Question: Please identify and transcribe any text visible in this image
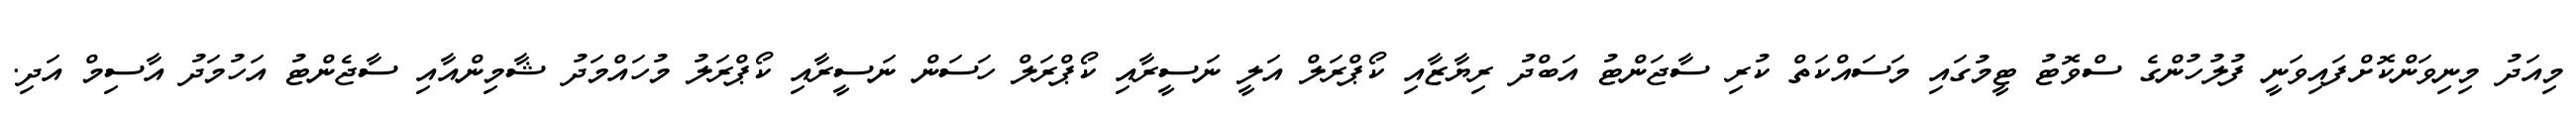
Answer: މިއަދު މިނިވަންކޮށްފައިވަނީ ފުލުހުންގެ ސްވޮޓު ޓީމުގައި މަސައްކަތް ކުރި ސާޖަންޓު އަބްދު ރިޔާޒާއި ކޯޕްރަލް އަލީ ނަސީރާއި ކޯޕްރަލް ހަސަން ނަސީރާއި ކޯޕްރަލު މުހައްމަދު ޝާމިންއާއި ސާޖެންޓު އަހުމަދު އާސިމް އަދި.